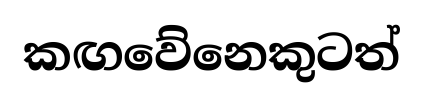
කඟවේනෙකුටත්